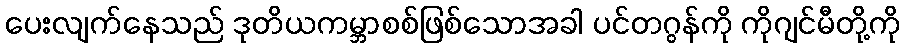
ပေးလျက်နေသည် ဒုတိယကမ္ဘာစစ်ဖြစ်သောအခါ ပင်တဂွန်ကို ကိုဂျင်မီတို့ကို